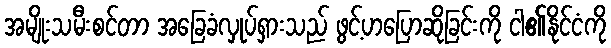
အမျိုးသမီးစင်တာ အခြေခံလှုပ်ရှားသည် ဖွင့်ဟပြောဆိုခြင်းကို ငါ၏နိုင်ငံကို